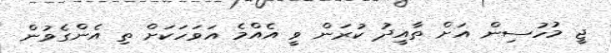
ޖީ މުހުސިން އަށް ތާއީދު ކުރަން ވީ އެއްމެ އަވަހަކަށް ތި އެންގެވުން